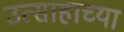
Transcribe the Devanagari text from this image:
उत्साहाच्या